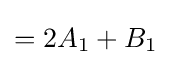
=2A_{1}+B_{1}